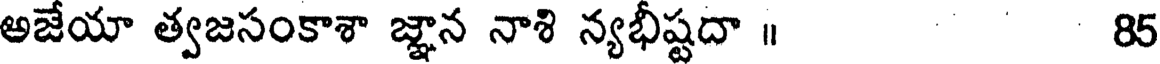
అజేయా త్వజసంకాశా జ్ఞాన నాశి న్యభీష్టదా ॥ 85